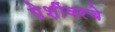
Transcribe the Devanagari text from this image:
पेशींवरचे